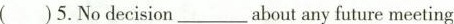
( )5.No decision___about any future meeting